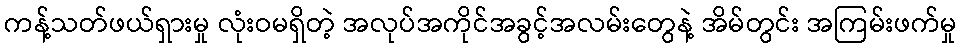
ကန့်သတ်ဖယ်ရှားမှု လုံးဝမရှိတဲ့ အလုပ်အကိုင်အခွင့်အလမ်းတွေနဲ့ အိမ်တွင်း အကြမ်းဖက်မှု